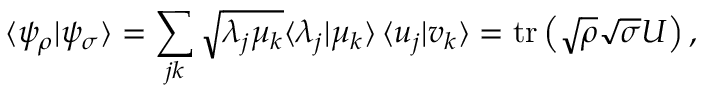
\langle \psi _ { \rho } | \psi _ { \sigma } \rangle = \sum _ { j k } { \sqrt { \lambda _ { j } \mu _ { k } } } \langle \lambda _ { j } | \mu _ { k } \rangle \, \langle u _ { j } | v _ { k } \rangle = \operatorname { t r } \left( { \sqrt { \rho } } { \sqrt { \sigma } } U \right) ,